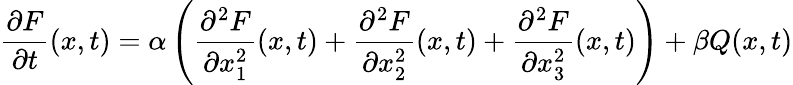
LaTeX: {\frac{\partial F}{\partial t}}(x,t)=\alpha\left({\frac{\partial^{2}F}{\partial x_{1}^{2}}}(x,t)+{\frac{\partial^{2}F}{\partial x_{2}^{2}}}(x,t)+{\frac{\partial^{2}F}{\partial x_{3}^{2}}}(x,t)\right)+\beta Q(x,t)